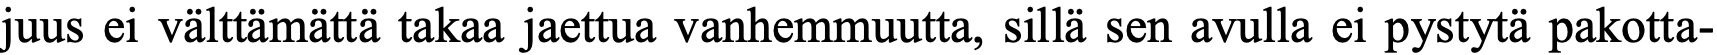
juus ei välttämättä takaa jaettua vanhemmuutta, sillä sen avulla ei pystytä pakotta-